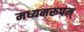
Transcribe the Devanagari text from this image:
मध्यमरूपम्